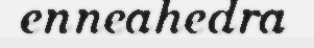
enneahedra